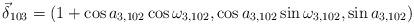
LaTeX: \begin{align*}\vec{\delta}_{103}=(1+\cos a_{3,102} \cos\omega_{3,102},\cos a_{3,102} \sin\omega_{3,102},\sin a_{3,102} )\end{align*}